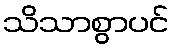
သိသာစွာပင်